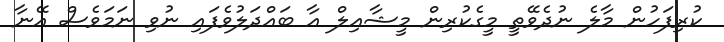
ކުރިފަހުން މާލެ ނުދެވޭތީ މީގެކުރިން މީޝާއިލް އާ ބައްދަލުވެފައި ނުވި ނަމަވެސް އޭނާ